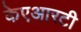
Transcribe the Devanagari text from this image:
केएआरटी